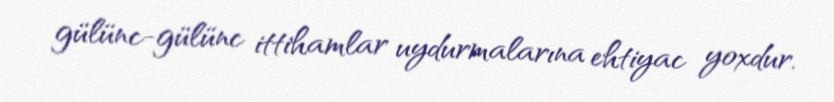
gülünc-gülünc ittihamlar uydurmalarına ehtiyac yoxdur.